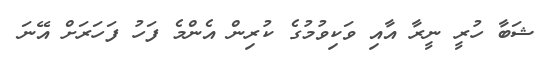
ޝަބާ ހުރީ ނީރާ އާއި ވަކިވުމުގެ ކުރިން އެންމެ ފަހު ފަހަރަށް އޭނަ